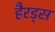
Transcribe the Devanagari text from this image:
हैरड्स